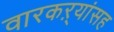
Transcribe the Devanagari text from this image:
वारकऱ्यांसह